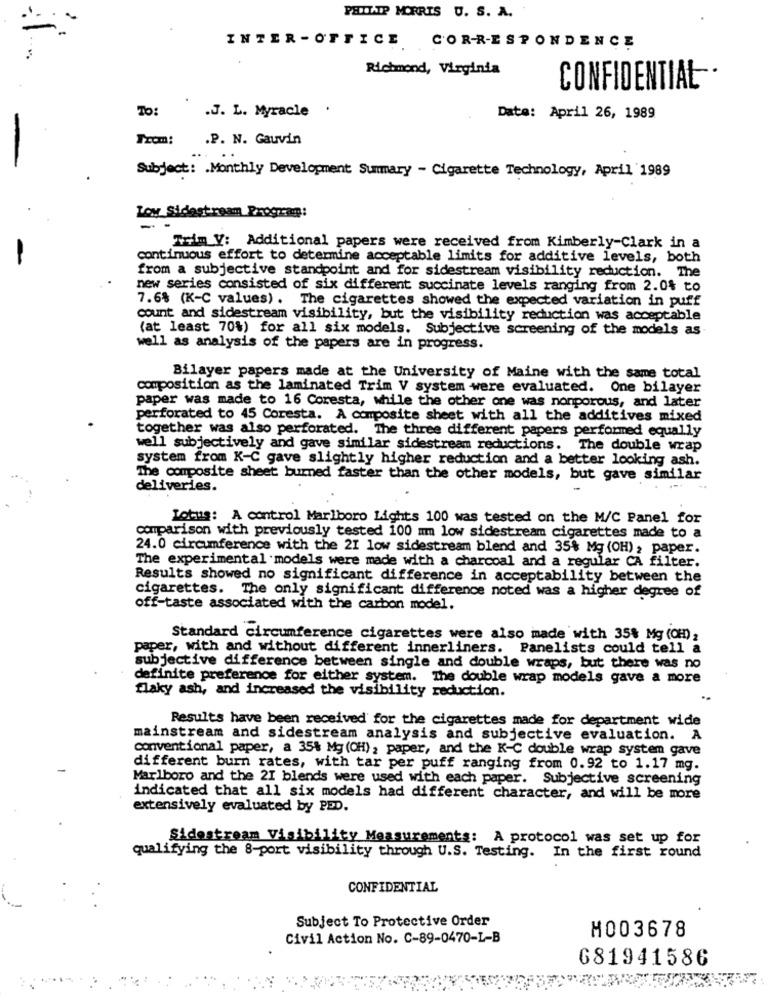
PELLIATP MORRIS U. S. A.
INTER -OFFICE CORRESPONDENCE
Richmond, Virginia
CONFIDENTIAL
To:
.J. L. Myracle .
Date: April 26, 1989
Trom:
.P. N. Gauvin
Subject: . Monthly Development Summary - Cigarette Technology, April 1989
Loy Sidestream Program:
Trim V: Additional papers were received from Kimberly-Clark in a
continuous effort to determine acceptable limits for additive levels, both
from a subjective standpoint and for sidestream visibility reduction. The
new series consisted of six different succinate levels ranging from 2.0% to
7.6% (K-C values) . The cigarettes showed the expected variation in puff
count and sidestream visibility, but the visibility reduction was acceptable
(at least 70%) for all six models. Subjective screening of the models as
well as analysis of the papers are in progress.
Bilayer papers made at the University of Maine with the same total
composition as the laminated Trim V system were evaluated. One bilayer
paper was made to 16 Coresta, while the other one was nonporous, and later
perforated to 45 Coresta. A composite sheet with all the additives mixed
together was also perforated. The three different papers performed equally
well subjectively and gave similar sidestream reductions. The double wrap
system from K-C gave slightly higher reduction and a better looking ash.
The composite sheet burned faster than the other models, but gave similar
deliveries.
Lotus: A control Marlboro Lights 100 was tested on the M/C Panel for
comparison with previously tested 100 mm low sidestream cigarettes made to a
24.0 circumference with the 21 low sidestream blend and 35% Mg (OH) , paper.
The experimental models were made with a charcoal and a regular CA filter.
Results showed no significant difference in acceptability between the
cigarettes. The only significant difference noted was a higher degree of
off-taste associated with the carbon model.
Standard circumference cigarettes were also made with 35% Mg (OH),
paper, with and without different innerliners. Panelists could tell a
subjective difference between single and double wraps, but there was no
definite preference for either system. The double wrap models gave a more
flaky ash, and increased the visibility reduction.
Results have been received for the cigarettes made for department wide
mainstream and sidestream analysis and subjective evaluation. A
conventional paper, a 35% Mg (CH), paper, and the K-C double wrap system gave
different burn rates, with tar per puff ranging from 0.92 to 1.17 mg.
Marlboro and the 21 blends were used with each paper. Subjective screening
indicated that all six models had different character, and will be more
extensively evaluated by PED.
Sidestream Visibility Measurements: A protocol was set up for
qualifying the 8-port visibility through U.S. Testing. In the first round
CONFIDENTIAL
Subject To Protective Order
M003678
Civil Action No. C-89-0470-L-B
681941586